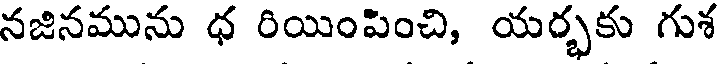
నజినమును ధ రియింపించి, యర్భకు గుశ